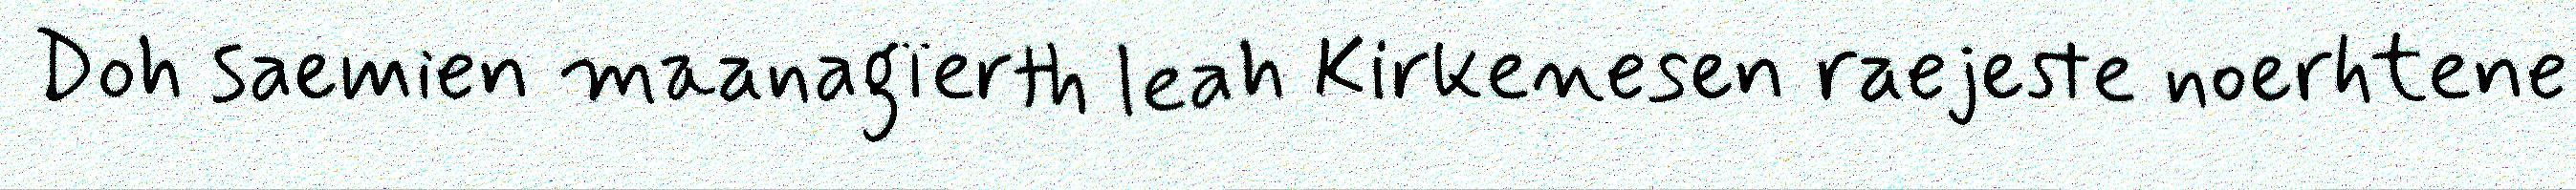
Doh saemien maanagïerth leah Kirkenesen raejeste noerhtene